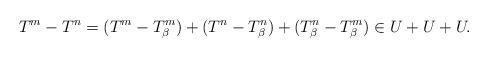
LaTeX: \begin{align*}T^m -T^n = (T^m - T^m_\beta)+(T^n-T^n_\beta)+(T^n_\beta - T^m_\beta)\in U+U+U.\end{align*}